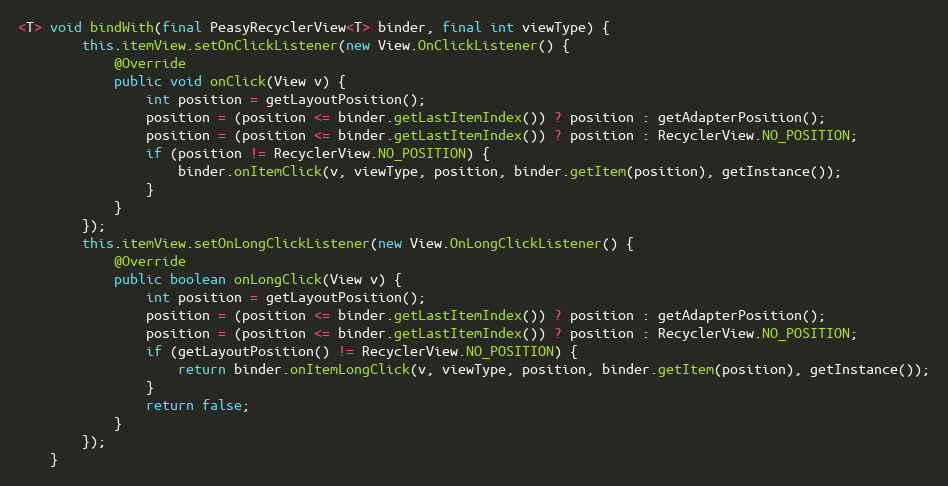
Language: Java
<T> void bindWith(final PeasyRecyclerView<T> binder, final int viewType) {
        this.itemView.setOnClickListener(new View.OnClickListener() {
            @Override
            public void onClick(View v) {
                int position = getLayoutPosition();
                position = (position <= binder.getLastItemIndex()) ? position : getAdapterPosition();
                position = (position <= binder.getLastItemIndex()) ? position : RecyclerView.NO_POSITION;
                if (position != RecyclerView.NO_POSITION) {
                    binder.onItemClick(v, viewType, position, binder.getItem(position), getInstance());
                }
            }
        });
        this.itemView.setOnLongClickListener(new View.OnLongClickListener() {
            @Override
            public boolean onLongClick(View v) {
                int position = getLayoutPosition();
                position = (position <= binder.getLastItemIndex()) ? position : getAdapterPosition();
                position = (position <= binder.getLastItemIndex()) ? position : RecyclerView.NO_POSITION;
                if (getLayoutPosition() != RecyclerView.NO_POSITION) {
                    return binder.onItemLongClick(v, viewType, position, binder.getItem(position), getInstance());
                }
                return false;
            }
        });
    }